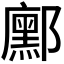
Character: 𮠒